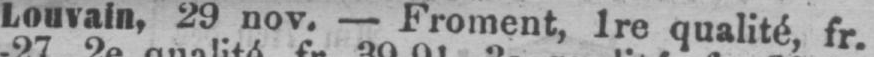
Louvain, 29 nov. - Froment, 1re qualité fr.